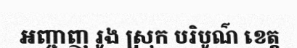
អញ្ចាញ រូង ស្រុក បរិបូណ៌ ខេត្ត